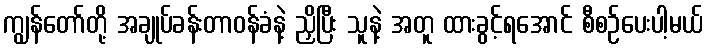
ကျွန်တော်တို့ အချုပ်ခန်းတာဝန်ခံနဲ့ ညှိပြီး သူနဲ့ အတူ ထားခွင့်ရအောင် စီစဉ်ပေးပါ့မယ်